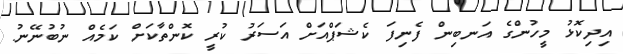
އިދިކޮޅު މީހުންގެ އަނބިން ފެނިފަ ކެޝަޕްއަށް އަސަރު ކުރީ ކޮންތާކަށް ކަމެއް ނުބުނޭނު.